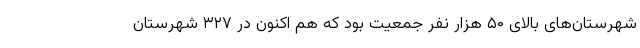
شهرستان‌های بالای ۵۰ هزار نفر جمعیت بود که هم اکنون در ۳۲۷ شهرستان